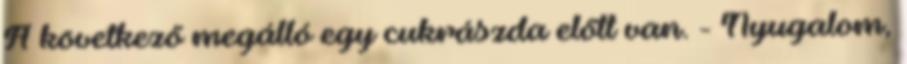
A következő megálló egy cukrászda előtt van. - Nyugalom,